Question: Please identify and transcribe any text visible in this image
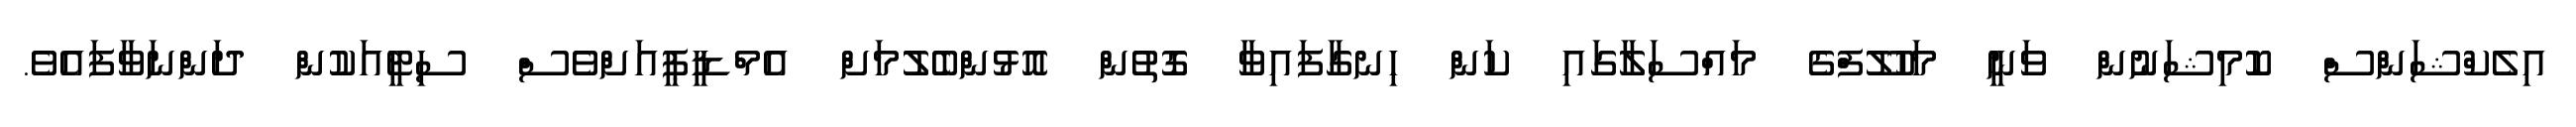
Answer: އިލެކްޝަންސް ކޮމިޝަނުން ވަނީ މަހުލޫފްގެ މައްސަލާގައި ކަން ހިނގާފައިވާ ގޮތުން އޮޅުންބެލުމަށް އެމްޑީޕީއަށްވެސް ސިޓީއަކުން ދަންނަވާފައެވެ.